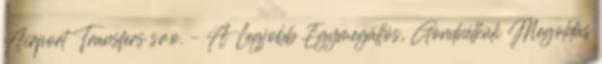
Airport Transfers s.r.o. – A Legjobb Egymegállós, Gondnélküli Megoldás